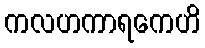
ကလဟကာရကေဟိ